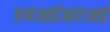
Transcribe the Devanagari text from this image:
एमआईआरआई